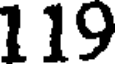
119